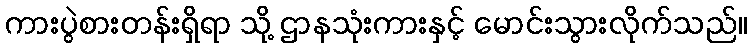
ကားပွဲစားတန်းရှိရာ သို့ ဌာနသုံးကားနှင့် မောင်းသွားလိုက်သည်။